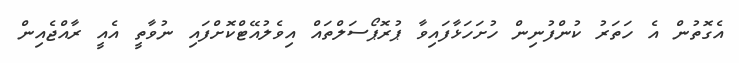
އެގޮތުން އެ ހަތަރު ކުންފުނިން ހުށަހަޅާފައިވާ ޕުރޮޕޯސަލްތައް އިވެލުއޭޓްކޮށްފައި ނުވާތީ އެއީ ރާއްޖެއިން